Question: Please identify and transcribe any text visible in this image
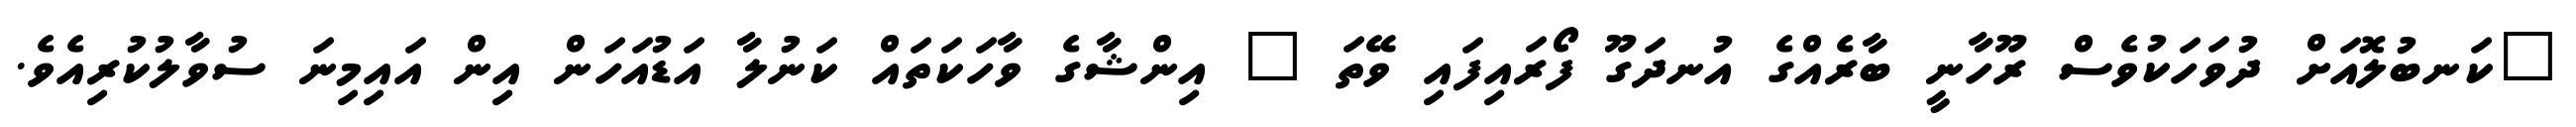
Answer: "ކަނބުލޮއަށް ދުވަހަކުވެސް ރޫހާނީ ބާރެއްގެ އުނދަގޫ ފޯރައިފައި ވޭތަ " އިންޝާގެ ވާހަކަތައް ކަނުލާ އަޑުއަހަން އިން އައިމިނަ ސުވާލުކުރިއެވެ.